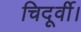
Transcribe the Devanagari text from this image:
चिदूर्वी।